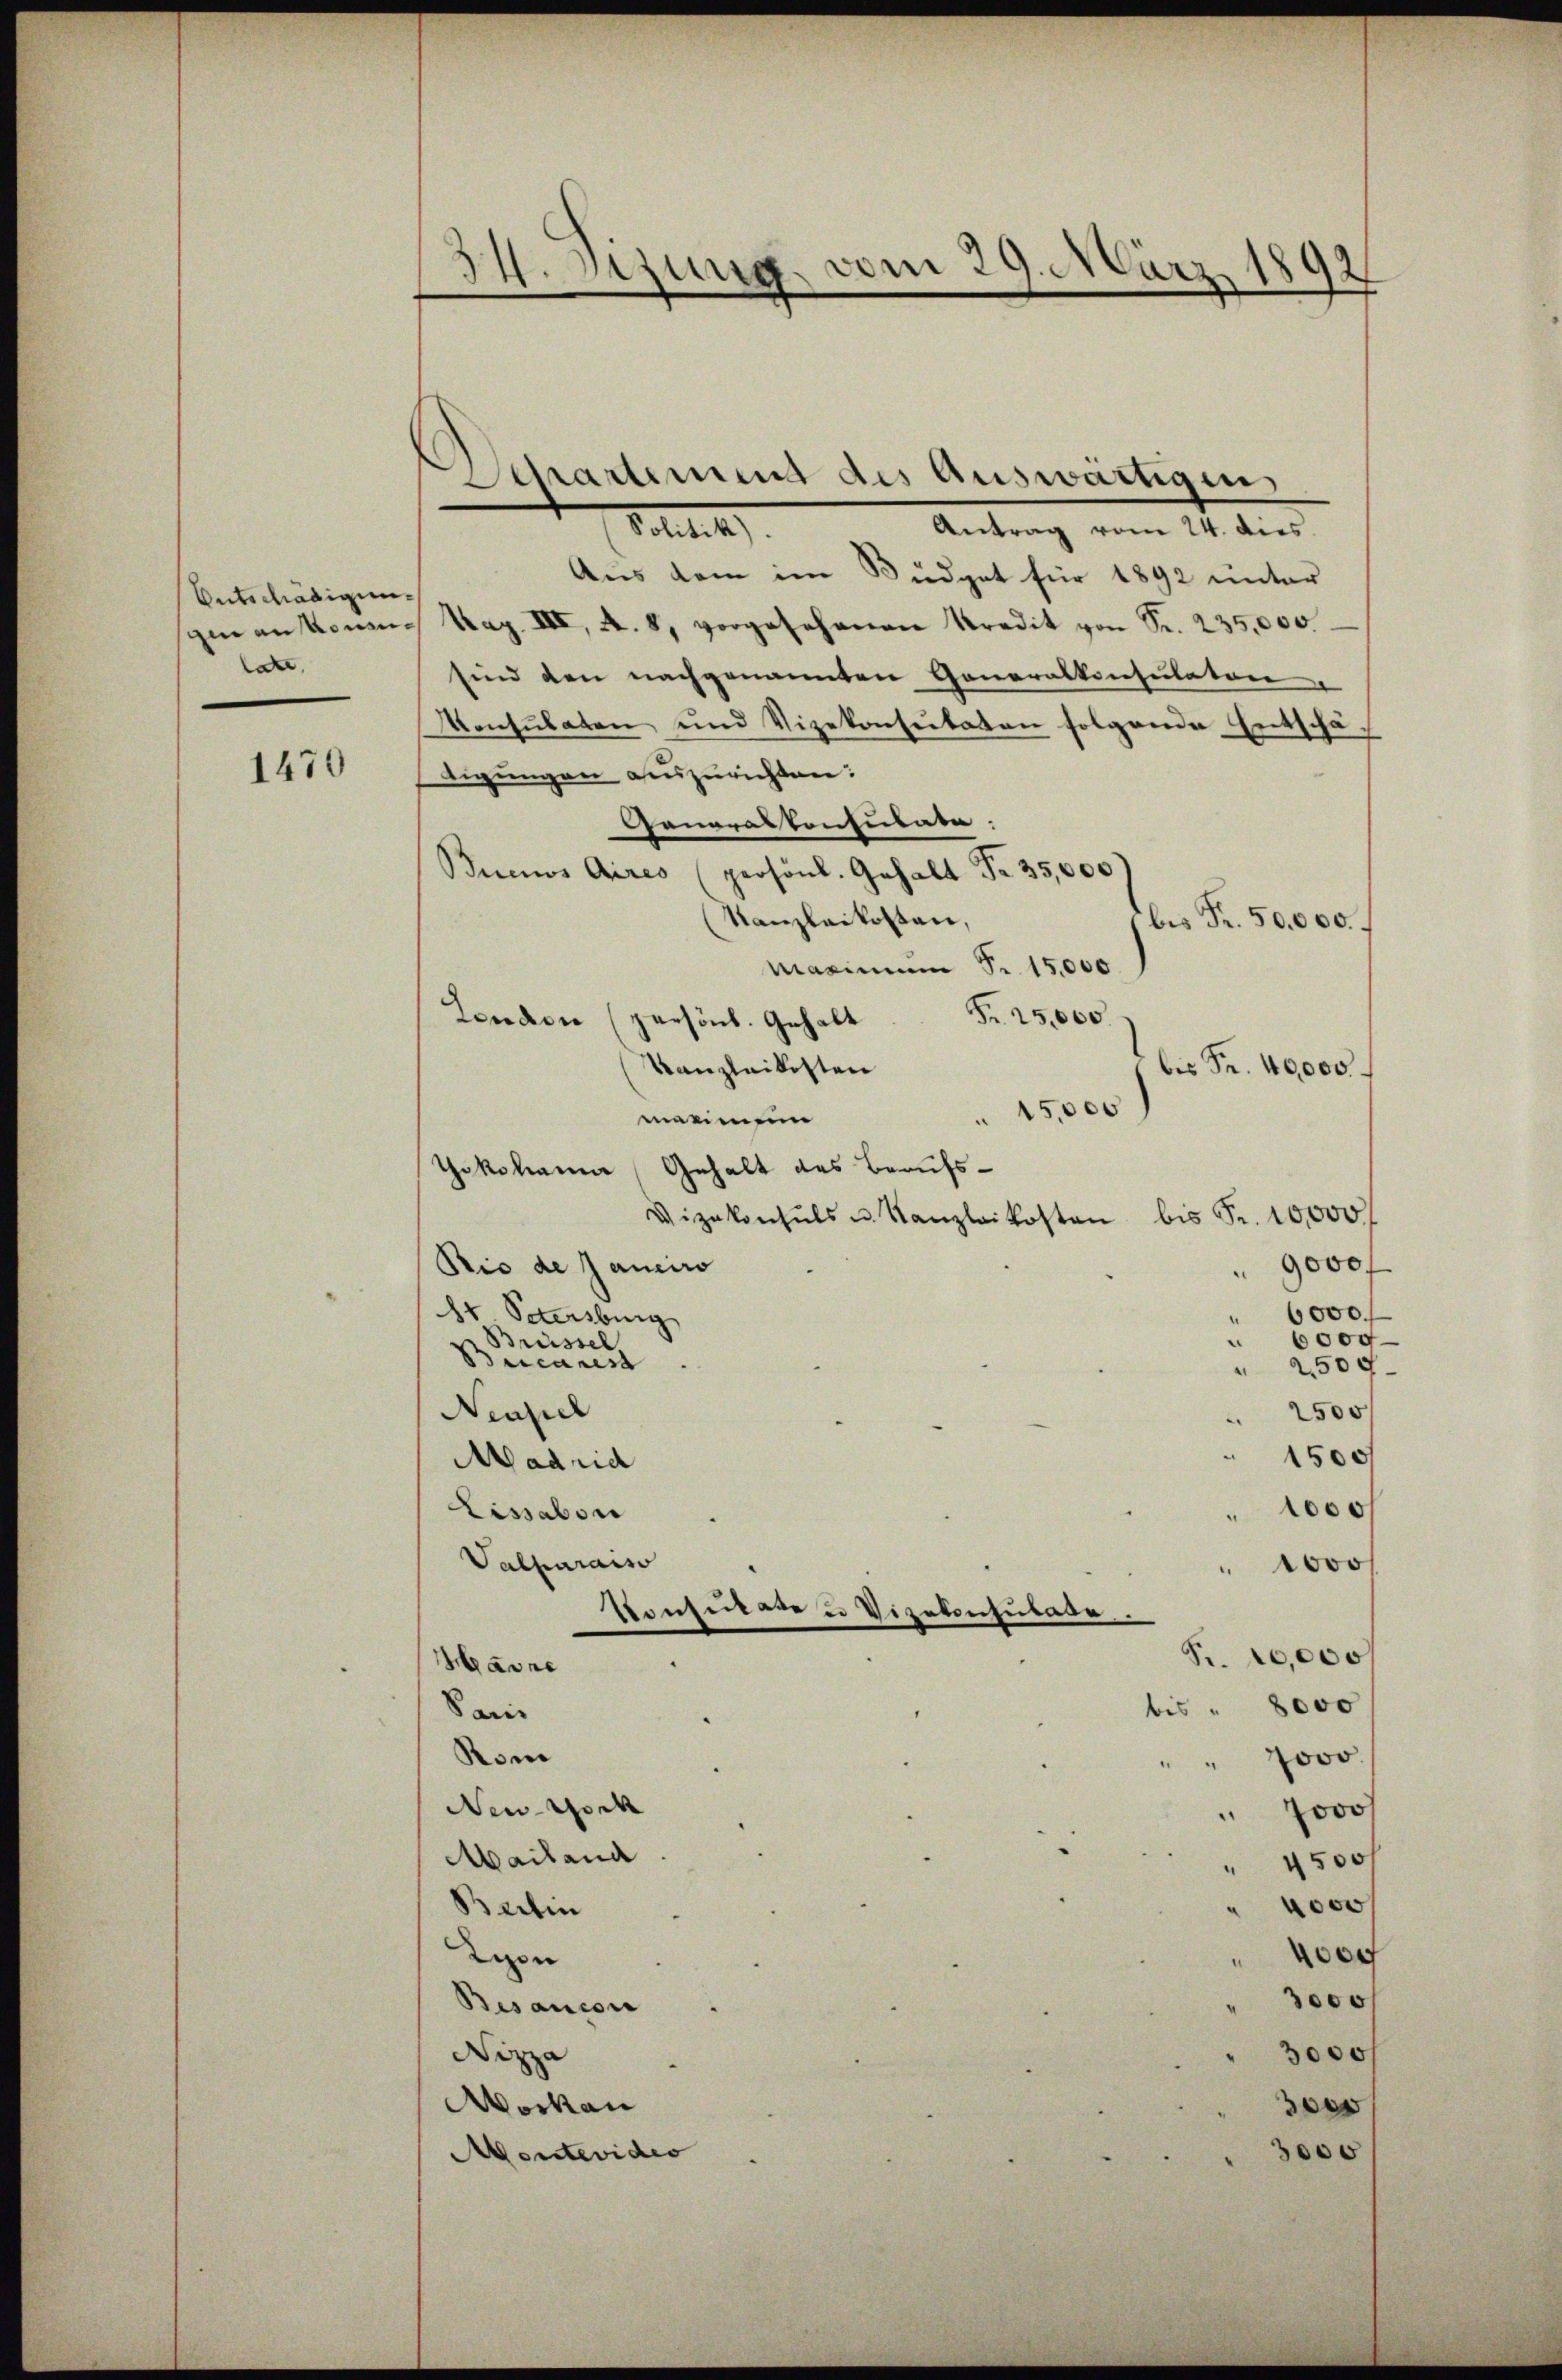
Entschädigung
ain ankomlate,

1470

9
34. Sizung vom 29. März 18

Departement des Auswärtigen

Toilet
Antrag vom 24. dies
Aus dem im Büdget für 1892 unter
Mag. III, A. 8, vorgesehenen Kredit von Fr. 235,000.
sind den nachgenannten Generalkonsulaten
Konsulaten und Vizekonseitaten folgende Entschätigungen auszurichten.
Generalkonsulate.
Buenos Aires (persönl. Gehalt Fr. 35,000)
Kanzleikosten,
bis Fr. 50,000.
Maximum Fr. 15,000
Fr. 25,000
Lenden (persönl. Gehalt
Kanzleikosten
bis Fr. 40,000.
 15,000
mermei
Yokohann Gehalt des Beaufs¬
Vizekonsuls u. Kanzlaikosten bis Fr. 10,000 f
9000 f
Rio de Janeiro
6000
8r Petersburg
6000
Brüssel,
.
Bucarest
2.500
Neapel
 2500
1500
Madrid
1000
Lissabon
Valpuraiso
1000
Konsulate u Vizekonsulate
Fr. 10,000
Harre
bis " 8000
Sar
Vom
ovo
New-York
J000
Mailand
" 2500 f
4000
Batin
Lipn
00
3000 f
Besancon
3000f
Nizza
Workau
e
3000
Montevides